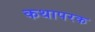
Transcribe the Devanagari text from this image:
कथापरक